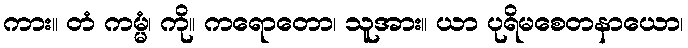
ကား။ တံ ကမ္မံ၊ ကို။ ကရောတော၊ သူအား။ ယာ ပုရိမစေတနာယော၊